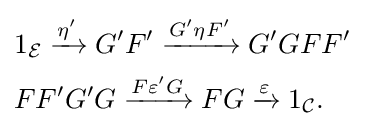
{\begin{aligned}&1_{\mathcal {E}}\xrightarrow {\eta '} G'F'\xrightarrow {G'\eta F'} G'GFF'\\&FF'G'G\xrightarrow {F\varepsilon 'G} FG\xrightarrow {\varepsilon } 1_{\mathcal {C}}.\end{aligned}}